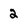
Character: 2